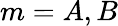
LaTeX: m=A,B